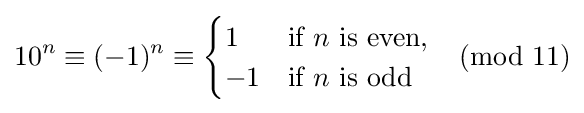
10^{n}\equiv (-1)^{n}\equiv {\begin{cases}1&{\text{if }}n{\text{ is even}},\\-1&{\text{if }}n{\text{ is odd}}\end{cases}}{\pmod {11}}